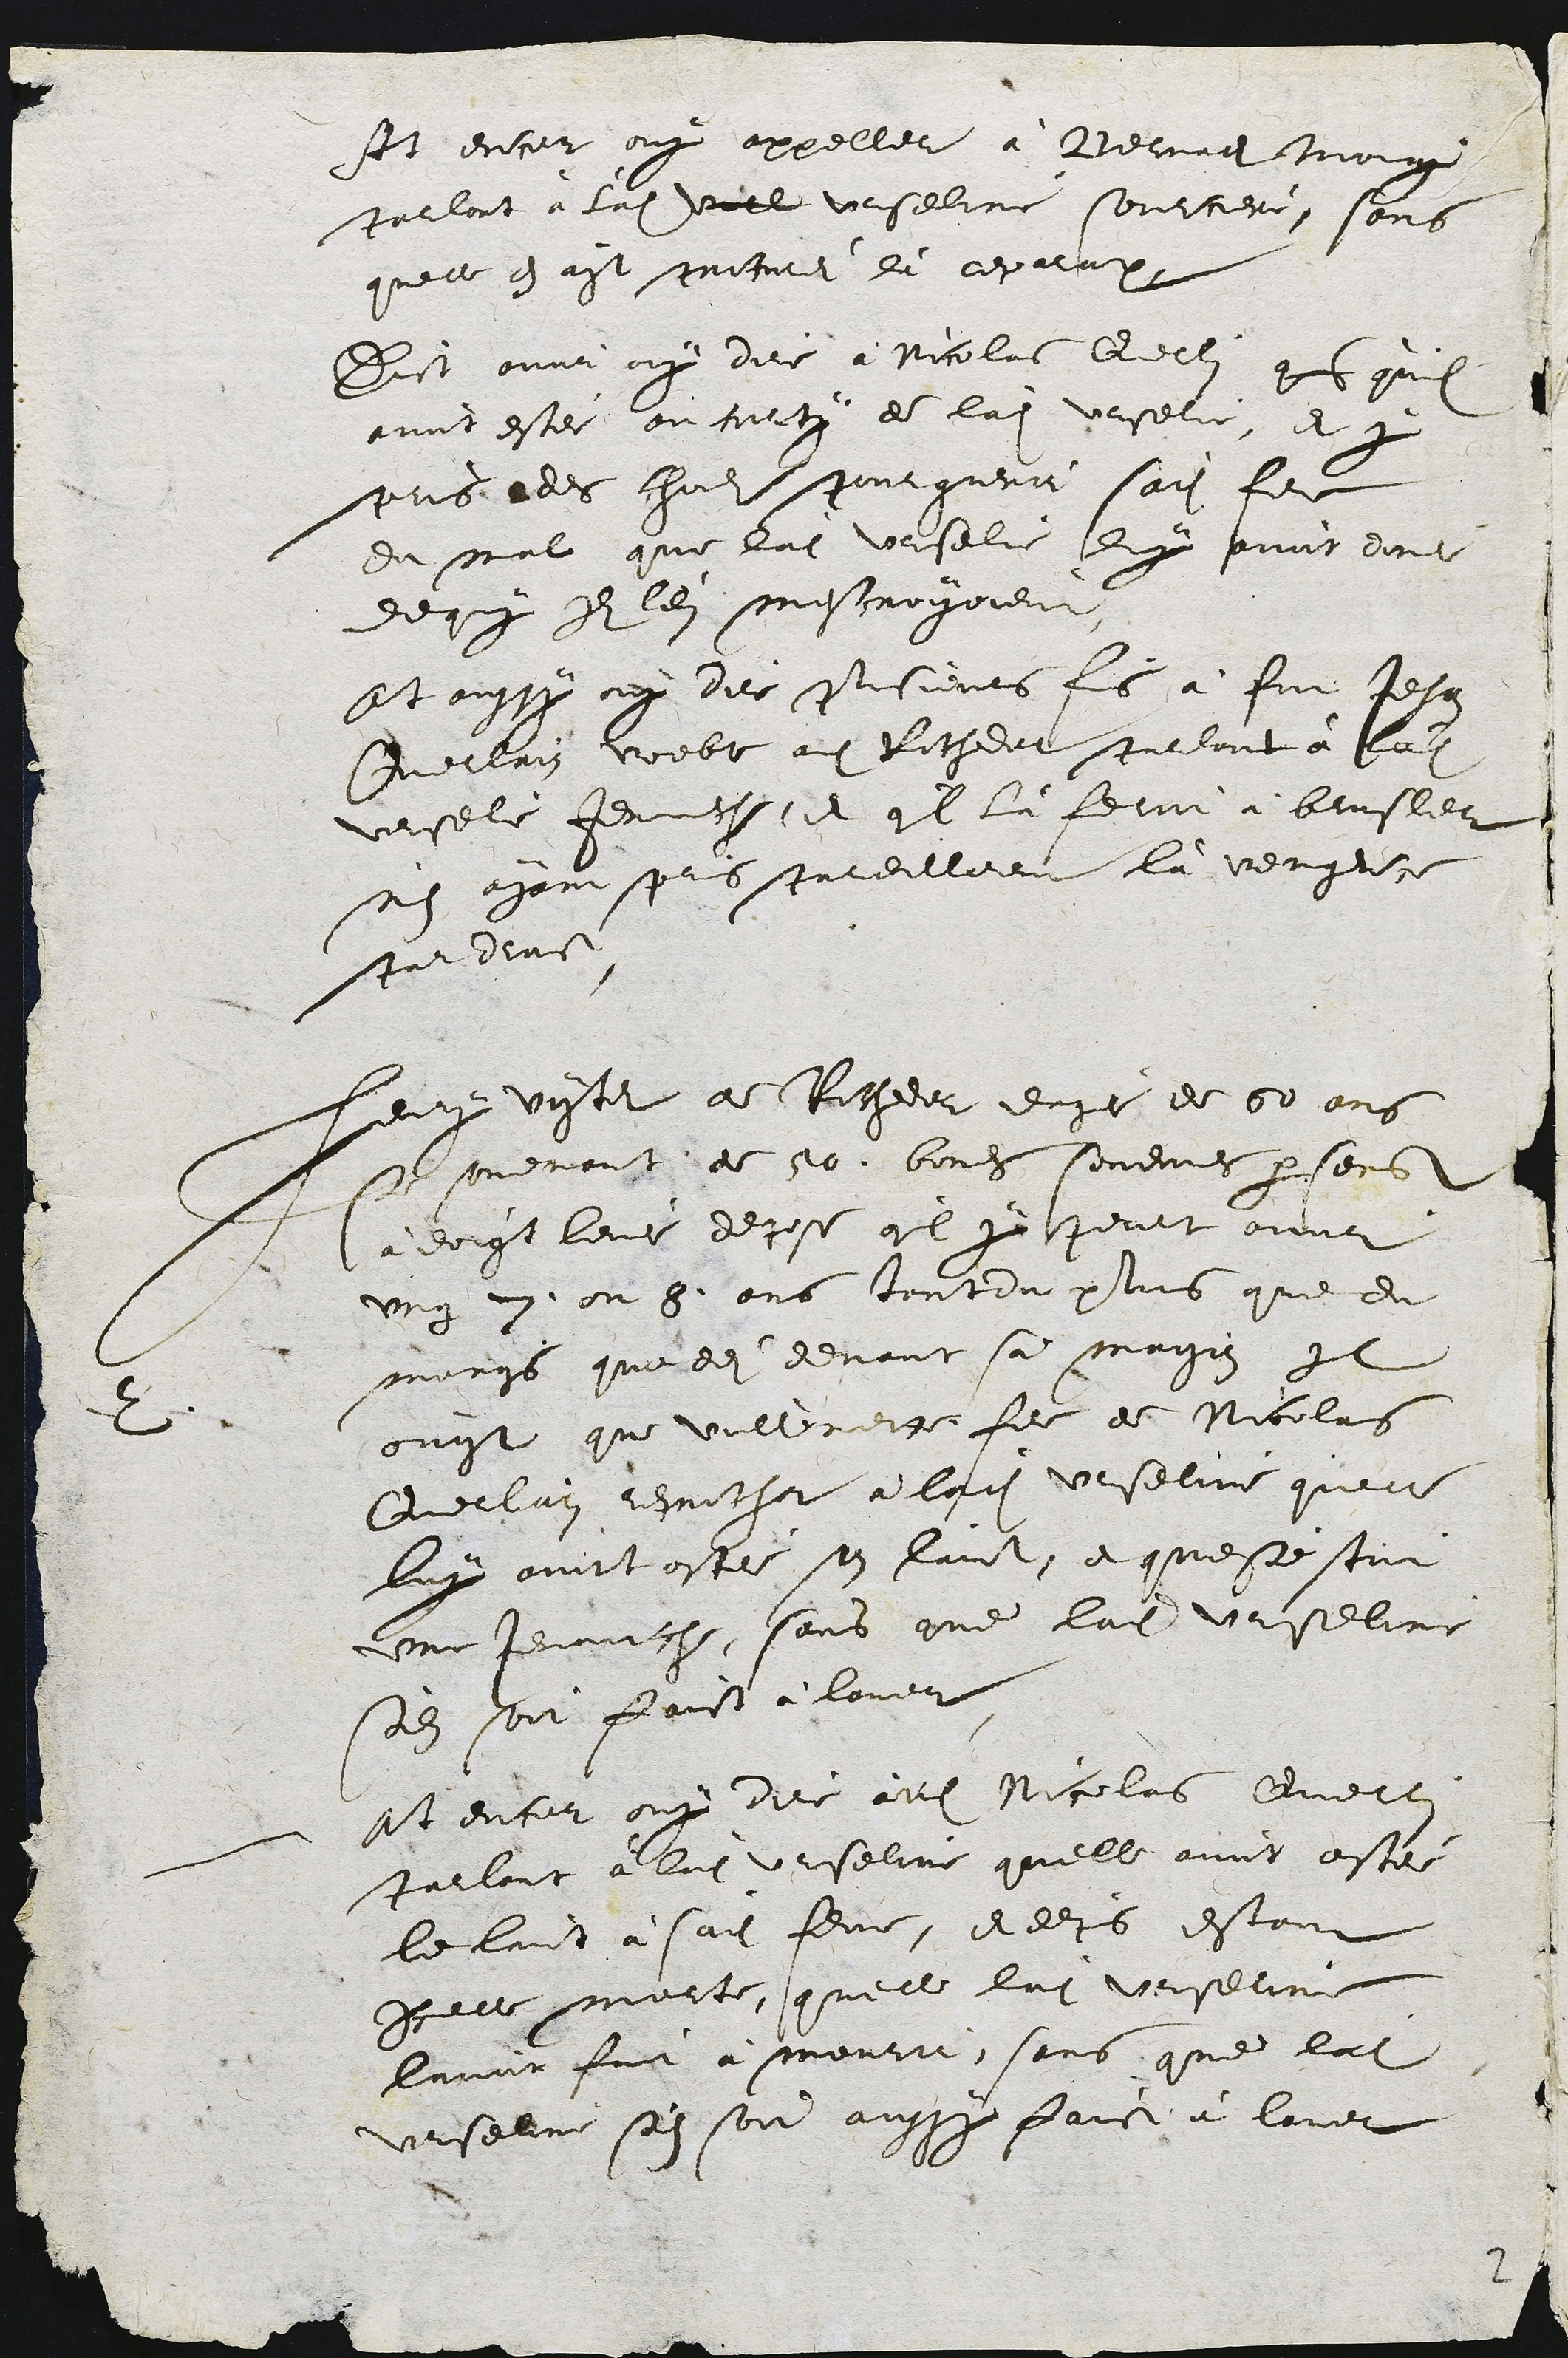
Et encor ouy appeller à Berrnad Morgg
parlant à ladite viele uerseline sourciere, sons
quelle en ayt preterei du reparation
Dist avoir ouy dire à Nicolas Querlin qul quil
avoit estee ou corts de ladite vrselie, et que
pris edes chols pour guerir sadite fem
du mal que ladite Urselie luy pvint done
dequy Il lei mescroyoient
Et oussy ny ders plisieurs fis à fet Jehan
Querrain voeble adit Richedat parlant à ladite
veselé jenuche, et quil là fermi à brusler
nen ayant pris pardilloent là vengente
par dras
2
henry vyster de Catheir eugt de 50 ans
St onemanste de 50. boucs sonennes par sons
à dorgt leue depose quil y peult oveni
ung 2 ou 8 ans taut du plus que du
mongs quoddi devant sa maison Il
buyt que vlterette fee de Nicolas
Querlain repocher à ladite Urseline quelle
luy avoit ostéi son laict, et quese stcoit
une tenauche, sons que ladite Urseline
sedit soit faict à lover
At encor ouy dire audit Nicolas Quell
parlant à ladite Urseline quelle avoit osté
le laict à sadite feme, et deps estant
icelle morte, qu'elle ladite Urseline
lavoir for à mourir, sans que lat
Urselne son soir aussy faict à laver

2